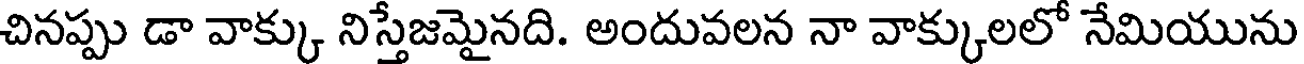
చినప్పు డా వాక్కు నిస్తేజమైనది. అందువలన నా వాక్కులలో నేమియును